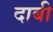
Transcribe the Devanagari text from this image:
दाबी